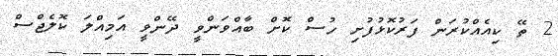
2 ތޭ ކިއެއްކުރަން ފަރުކޮޅުފުށި ހުސް ކޮށް ބާއްވަންވީ ދޭންވީ އަމިއްލަ ކޮލެޖްސް